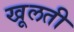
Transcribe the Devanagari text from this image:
खूलती